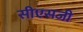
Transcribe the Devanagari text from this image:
सीएसजी